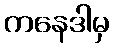
ကနေဒါမှ